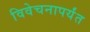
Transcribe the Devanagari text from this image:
विवेचनापर्यंत